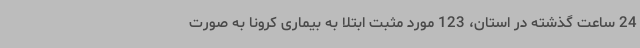
24 ساعت گذشته در استان، 123 مورد مثبت ابتلا به بیماری کرونا به صورت